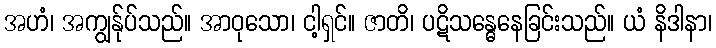
အဟံ၊ အကျွန်ုပ်သည်။ အာဝုသော၊ ငါ့ရှင်။ ဇာတိ၊ ပဋိသန္ဓေနေခြင်းသည်။ ယံ နိဒါနာ၊